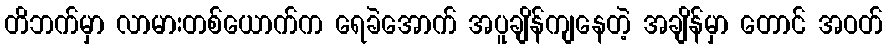
တိဘက်မှာ လာမားတစ်ယောက်က ရေခဲအောက် အပူချိန်ကျနေတဲ့ အချိန်မှာ တောင် အဝတ်